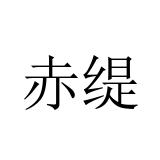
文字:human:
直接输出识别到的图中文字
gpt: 赤缇